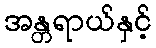
အန္တရာယ်နှင့်